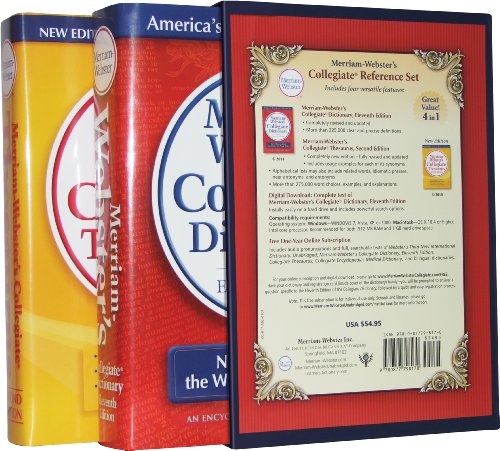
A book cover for Merriam-Webster's Collegiate Reference Set (Dictionary); Merriam-Webster; Reference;